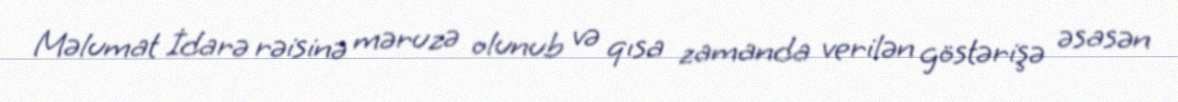
Məlumat İdarə rəisinə məruzə olunub və qısa zamanda verilən göstərişə əsasən